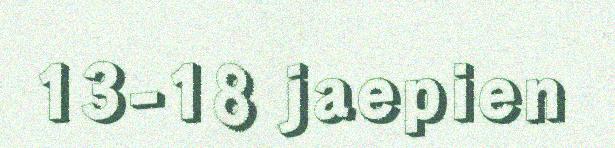
13-18 jaepien